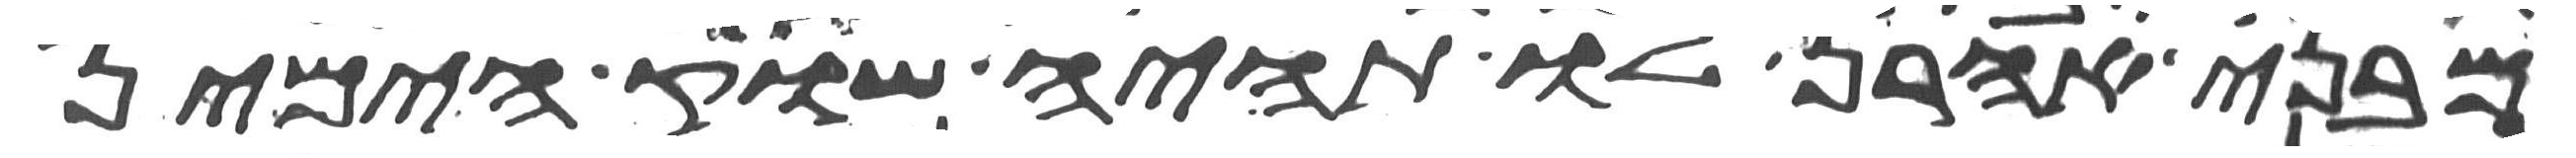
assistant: מבני אהרן לו תהיה שוק הימין